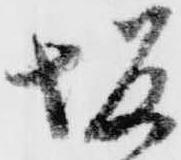
坂